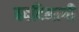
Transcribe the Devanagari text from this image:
बददिमागी